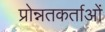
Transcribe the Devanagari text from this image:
प्रोन्नतकर्ताओं